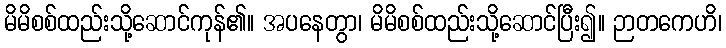
မိမိစစ်ထည်းသို့ဆောင်ကုန်၏။ အပနေတွာ၊ မိမိစစ်ထည်းသို့ဆောင်ပြီး၍။ ဉာတကေဟိ၊